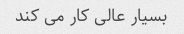
بسیار عالی کار می کند